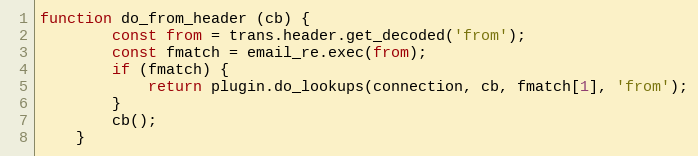
Language: JavaScript
function do_from_header (cb) {
        const from = trans.header.get_decoded('from');
        const fmatch = email_re.exec(from);
        if (fmatch) {
            return plugin.do_lookups(connection, cb, fmatch[1], 'from');
        }
        cb();
    }